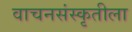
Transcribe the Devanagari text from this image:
वाचनसंस्कृतीला